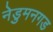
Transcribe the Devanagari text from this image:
नेडुमनगड